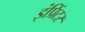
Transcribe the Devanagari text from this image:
इंप्रिंटर